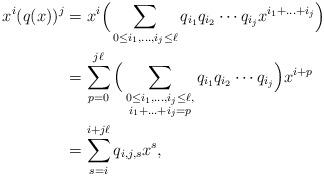
LaTeX: \begin{align*}x^i(q(x))^j&=x^i\Big(\sum_{0\leq i_1,\ldots,i_j\leq \ell} q_{i_1}q_{i_2}\cdots q_{i_j} x^{i_1+\ldots+i_j}\Big)\\&=\sum_{p=0}^{j\ell}\Big(\sum_{\substack{0\leq i_1,\ldots,i_j\leq \ell,\\ i_1+\ldots+i_j=p}}q_{i_1}q_{i_2}\cdots q_{i_j}\Big)x^{i+p}\\&=\sum_{s=i}^{i+j\ell} q_{i,j,s}x^s,\end{align*}